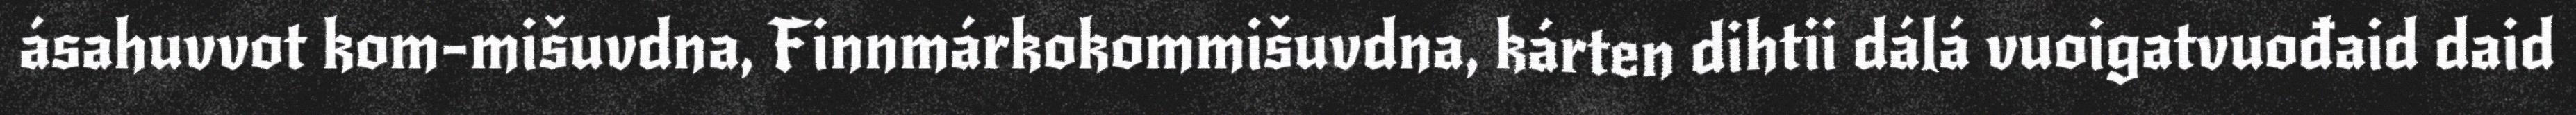
ásahuvvot kom-mišuvdna, Finnmárkokommišuvdna, kárten dihtii dálá vuoigatvuođaid daid